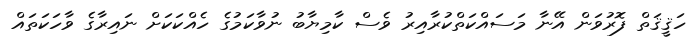
ހަޤީޤަތް ފޮރުވަން އޭނާ މަސައްކަތްކުރާއިރު ވެސް ކާމިޔާބު ނުވާކަމުގެ ހެއްކަކަށް ނައިރާގެ ވާހަކަތައް